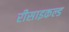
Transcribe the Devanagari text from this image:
रीसाइकल्ड